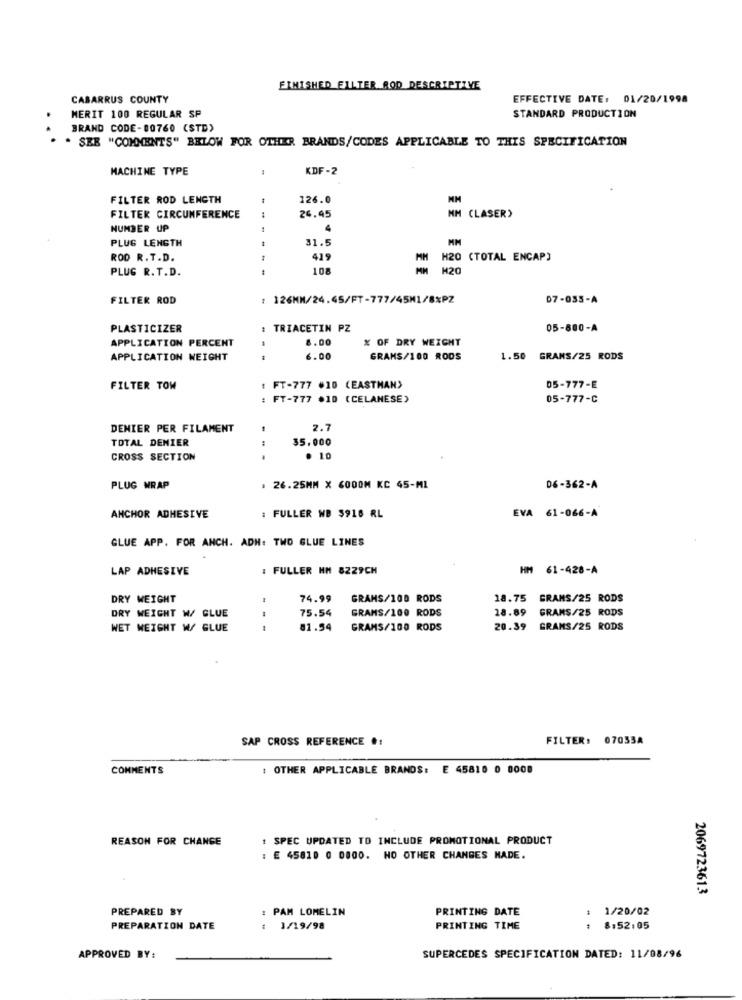
FINISHED FILTER ROD DESCRIPTIVE
CABARRUS COUNTY
EFFECTIVE DATE: 01/20/1998
MERIT 100 REGULAR SP
STANDARD PRODUCTION
BRAND CODE-80760 (STD)
. SEB "COMMENTS" BELOW FOR OTHER BRANDS/CODES APPLICABLE TO THIS SPECIFICATION
MACHINE TYPE
KDF-2
FILTER ROD LENGTH
126.0
FILTER CIRCUMFERENCE
24.45
NM CLASER)
NUMBER UP
4
PLUG LENGTH
31.5
ROD R. T.D.
419
MH
H20 (TOTAL ENCAP)
PLUG R.T.D.
108
H20
FILTER ROD
126MM/24.45/FT-777/45M1/8%PZ
07-035-A
PLASTICIZER
TRIACETIN PZ
05-800-A
APPLICATION PERCENT
8.00
% OF DRY WEIGHT
APPLICATION WEIGHT
6.00
GRAMS/100 RODS
1.50 GRAMS/25 RODS
FILTER TOW
: FT-777 #10 (EASTMAN>
05-777-E
: FT-777 .10 (CELANESE)
05-777-C
DENIER PER FILAMENT
2.7
TOTAL DENIER
35.000
CROSS SECTION
. 10
PLUG WRAP
. 26.25MM X 600OM KC 45-ML
06-362-A
ANCHOR ADHESIVE
: FULLER WB $916 RL
EVA 61-066-A
GLUE APP. FOR ANCH. ADH: TWO GLUE LINES
LAP ADHESIVE
: FULLER HM 8229CH
HM 61-428-A
DRY WEIGHT
74.99
GRAMS/100 RODS
18.75 GRAMS/25 RODS
75.54
GRAMS/100 RODS
18.89
GRAMS/25 RODS
DRY WEIGHT W/ CLUE
WET WEIGHT W/ GLUE
81.54
GRAMS/100 RODS
20.39 GRAMS/25 RODS
SAP CROSS REFERENCE #:
FILTER: 07033A
COMMENTS
OTHER APPLICABLE BRANDS: E 45810 0 0008
REASON FOR CHANGE
: SPEC UPDATED TO INCLUDE PROMOTIONAL PRODUCT
: E 45810 0 0800. NO OTHER CHANGES MADE.
2069723613
PREPARED BY
: PAM LOMELIN
PRINTING DATE
1/20/02
PREPARATION DATE
: 1/19/98
PRINTING TIME
8:52:05
APPROVED BY:
SUPERCEDES SPECIFICATION DATED: 11/08/96